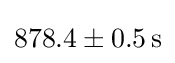
878.4\pm 0.5\,{\mathrm {s} }